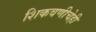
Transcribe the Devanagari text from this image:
शिकवणीचेही